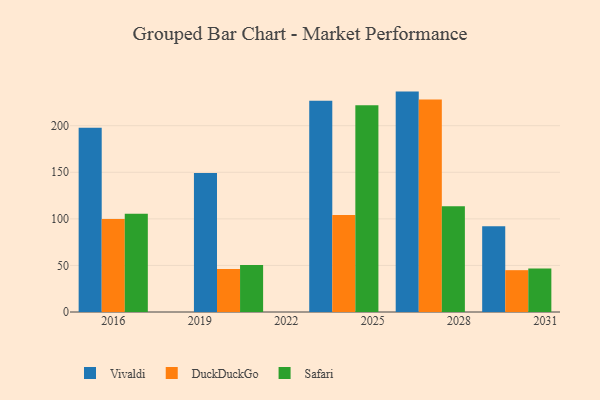
{"axis": {"x": "Year", "y": "Page Views"}, "legend": ["DuckDuckGo", "Safari", "Vivaldi"], "data": [{"x": "2030", "y": 92.1, "type": "Vivaldi"}, {"x": "2030", "y": 44.9, "type": "DuckDuckGo"}, {"x": "2030", "y": 46.8, "type": "Safari"}, {"x": "2016", "y": 197.8, "type": "Vivaldi"}, {"x": "2016", "y": 99.8, "type": "DuckDuckGo"}, {"x": "2016", "y": 105.4, "type": "Safari"}, {"x": "2024", "y": 226.8, "type": "Vivaldi"}, {"x": "2024", "y": 104.0, "type": "DuckDuckGo"}, {"x": "2024", "y": 221.9, "type": "Safari"}, {"x": "2027", "y": 236.6, "type": "Vivaldi"}, {"x": "2027", "y": 228.0, "type": "DuckDuckGo"}, {"x": "2027", "y": 113.4, "type": "Safari"}, {"x": "2020", "y": 149.1, "type": "Vivaldi"}, {"x": "2020", "y": 46.1, "type": "DuckDuckGo"}, {"x": "2020", "y": 50.5, "type": "Safari"}]}